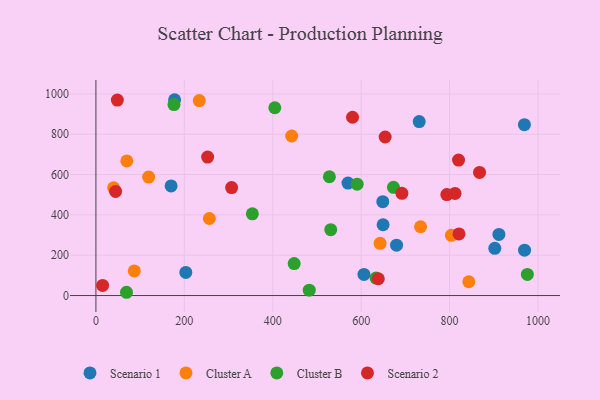
{"axis": {"x": "Experience", "y": "Rating"}, "legend": ["Cluster A", "Cluster B", "Scenario 1", "Scenario 2"], "data": [{"x": "902.3", "y": 234.1, "type": "Scenario 1"}, {"x": "649.6", "y": 351.1, "type": "Scenario 1"}, {"x": "648.9", "y": 465.4, "type": "Scenario 1"}, {"x": "570.2", "y": 557.6, "type": "Scenario 1"}, {"x": "911.6", "y": 302.9, "type": "Scenario 1"}, {"x": "969.3", "y": 847.4, "type": "Scenario 1"}, {"x": "178.0", "y": 970.9, "type": "Scenario 1"}, {"x": "170.1", "y": 543.4, "type": "Scenario 1"}, {"x": "731.3", "y": 862.6, "type": "Scenario 1"}, {"x": "680.1", "y": 249.6, "type": "Scenario 1"}, {"x": "969.6", "y": 224.7, "type": "Scenario 1"}, {"x": "606.3", "y": 104.7, "type": "Scenario 1"}, {"x": "203.4", "y": 114.7, "type": "Scenario 1"}, {"x": "256.6", "y": 381.9, "type": "Cluster A"}, {"x": "843.5", "y": 68.3, "type": "Cluster A"}, {"x": "119.3", "y": 587.5, "type": "Cluster A"}, {"x": "442.9", "y": 791.0, "type": "Cluster A"}, {"x": "804.1", "y": 298.6, "type": "Cluster A"}, {"x": "69.9", "y": 667.6, "type": "Cluster A"}, {"x": "734.4", "y": 341.1, "type": "Cluster A"}, {"x": "642.9", "y": 259.0, "type": "Cluster A"}, {"x": "233.8", "y": 966.6, "type": "Cluster A"}, {"x": "40.1", "y": 534.4, "type": "Cluster A"}, {"x": "86.8", "y": 122.3, "type": "Cluster A"}, {"x": "633.6", "y": 86.8, "type": "Cluster B"}, {"x": "528.2", "y": 588.9, "type": "Cluster B"}, {"x": "404.7", "y": 931.2, "type": "Cluster B"}, {"x": "976.0", "y": 104.9, "type": "Cluster B"}, {"x": "176.6", "y": 946.8, "type": "Cluster B"}, {"x": "448.5", "y": 158.5, "type": "Cluster B"}, {"x": "531.2", "y": 326.7, "type": "Cluster B"}, {"x": "673.1", "y": 536.7, "type": "Cluster B"}, {"x": "590.9", "y": 552.0, "type": "Cluster B"}, {"x": "482.6", "y": 26.8, "type": "Cluster B"}, {"x": "69.2", "y": 16.2, "type": "Cluster B"}, {"x": "353.9", "y": 405.1, "type": "Cluster B"}, {"x": "307.0", "y": 535.4, "type": "Scenario 2"}, {"x": "44.5", "y": 516.3, "type": "Scenario 2"}, {"x": "867.8", "y": 610.3, "type": "Scenario 2"}, {"x": "821.3", "y": 305.7, "type": "Scenario 2"}, {"x": "793.8", "y": 500.7, "type": "Scenario 2"}, {"x": "692.2", "y": 507.0, "type": "Scenario 2"}, {"x": "48.5", "y": 969.1, "type": "Scenario 2"}, {"x": "820.3", "y": 671.8, "type": "Scenario 2"}, {"x": "15.2", "y": 50.2, "type": "Scenario 2"}, {"x": "252.7", "y": 686.4, "type": "Scenario 2"}, {"x": "812.3", "y": 506.5, "type": "Scenario 2"}, {"x": "654.3", "y": 786.0, "type": "Scenario 2"}, {"x": "638.8", "y": 83.2, "type": "Scenario 2"}, {"x": "580.5", "y": 884.0, "type": "Scenario 2"}]}